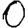
Digit: 0